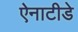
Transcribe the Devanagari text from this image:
ऐनाटीडे